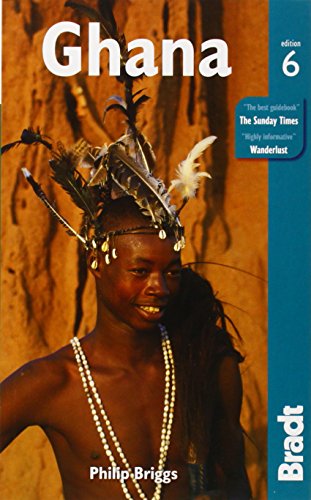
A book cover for Ghana (Bradt Travel Guide); Philip Briggs; Travel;